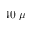
4 0 \ \mu